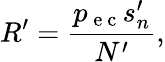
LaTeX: R^{\prime}=\frac{p_{\mathrm{~e~c~}}s_{n}^{\prime}}{N^{\prime}},